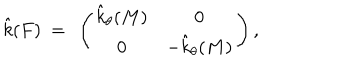
\hat { k } ( F ) ~ = ~ \left( \begin{array} { c c } { { \hat { k } _ { \theta } ( M ) } } & { { 0 } } \\ { { 0 } } & { { - \hat { k } _ { \theta } ( M ) } } \\ \end{array} \right) ,